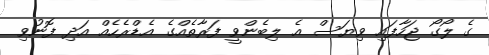
ގެ ލޯގޯ ޖަހާފައި ވިޔަސް އެ ލިބެންވީ ފަރާތެއްގެ އެޑްރެހެއް އަދި ފޮނުވި